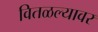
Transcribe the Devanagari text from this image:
वितळल्यावर